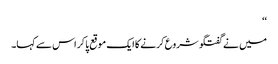
‘‘
میں نے گفتگو شروع کرنے کا ایک موقع پا کر اس سے کہا۔